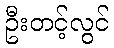
ဦးတင့်လွင်